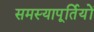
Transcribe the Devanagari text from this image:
समस्यापूर्तियों